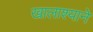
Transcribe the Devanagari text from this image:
खालाश्याने